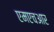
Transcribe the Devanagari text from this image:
एमएचआर